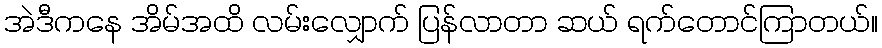
အဲဒီကနေ အိမ်အထိ လမ်းလျှောက် ပြန်လာတာ ဆယ် ရက်တောင်ကြာတယ်။